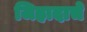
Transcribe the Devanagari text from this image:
जिहादाचे